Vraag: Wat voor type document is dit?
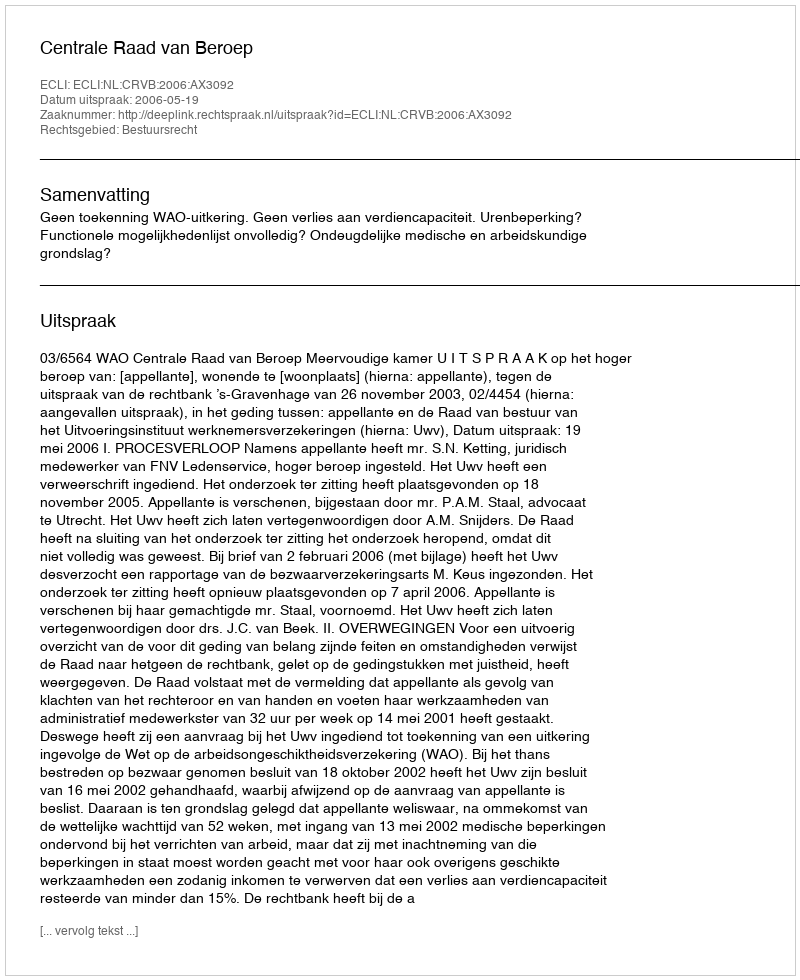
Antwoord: Uitspraak